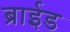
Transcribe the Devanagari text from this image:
ब्राईड